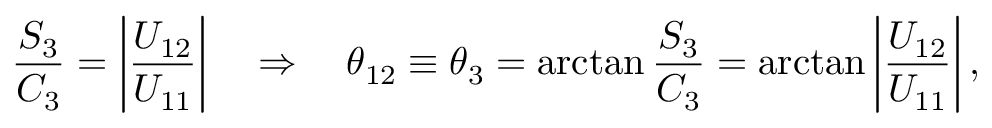
\frac { S _ { 3 } } { C _ { 3 } } = \left| \frac { U _ { 1 2 } } { U _ { 1 1 } } \right| \quad \Rightarrow \quad \theta _ { 1 2 } \equiv \theta _ { 3 } = \arctan \frac { S _ { 3 } } { C _ { 3 } } = \arctan \left| \frac { U _ { 1 2 } } { U _ { 1 1 } } \right| ,